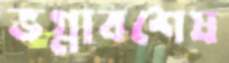
ভগ্নাবশেষ